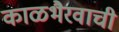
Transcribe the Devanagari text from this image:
काळभैरवाची